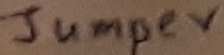
Text: Jumper